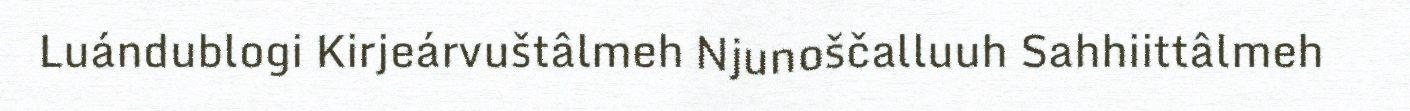
Luándublogi Kirjeárvuštâlmeh Njunoščalluuh Sahhiittâlmeh